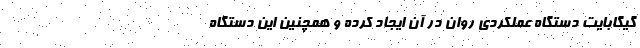
گیگابایت دستگاه عملکردی روان در آن ایجاد کرده و همچنین این دستگاه